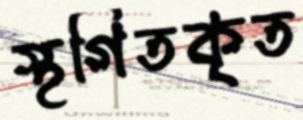
স্থগিতকৃত